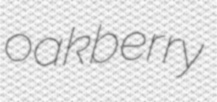
oakberry